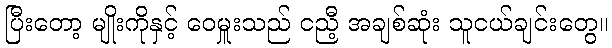
ပြီးတော့ မျိုးကိုနှင့် ဝေမှူးသည် ငညီ့ အချစ်ဆုံး သူငယ်ချင်းတွေ။